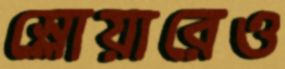
স্লোয়ারেও